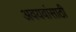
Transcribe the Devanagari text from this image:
अवयवांसाठी